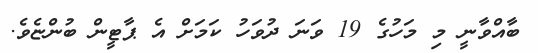
ބާއްވާނީ މި މަހުގެ 19 ވަނަ ދުވަހު ކަމަށް އެ ޕާޓީން ބުންޏެވެ.